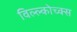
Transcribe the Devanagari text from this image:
विल्ल्कोच्क्स